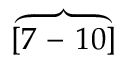
[ \overbrace { 7 \mathrm { ~ - ~ } 1 0 } ]